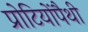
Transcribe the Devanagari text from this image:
प्रोटियोंपैथी